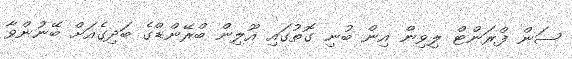
ސަން ފްރަންޓް ލިވިން އިން ބުނި ގޮތުގައި އޫލިން ބްރޭންޑްގެ ބަދިގެއަށް ބޭނުންވާ